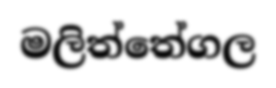
මලිත්තේගල